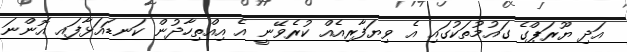
އަދި ޔޫރަޕްގެ ގައުމުތަކުގައި އެ ވިޔަފާރިއެއް ކުރެވޭނީ އެ އިއްތިހާދުން ކަނޑައަޅާފައި އޮންނަ